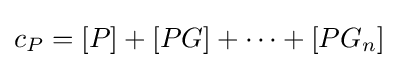
c_{P}=[P]+[PG]+\dots +[PG_{n}]